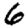
Digit: 6